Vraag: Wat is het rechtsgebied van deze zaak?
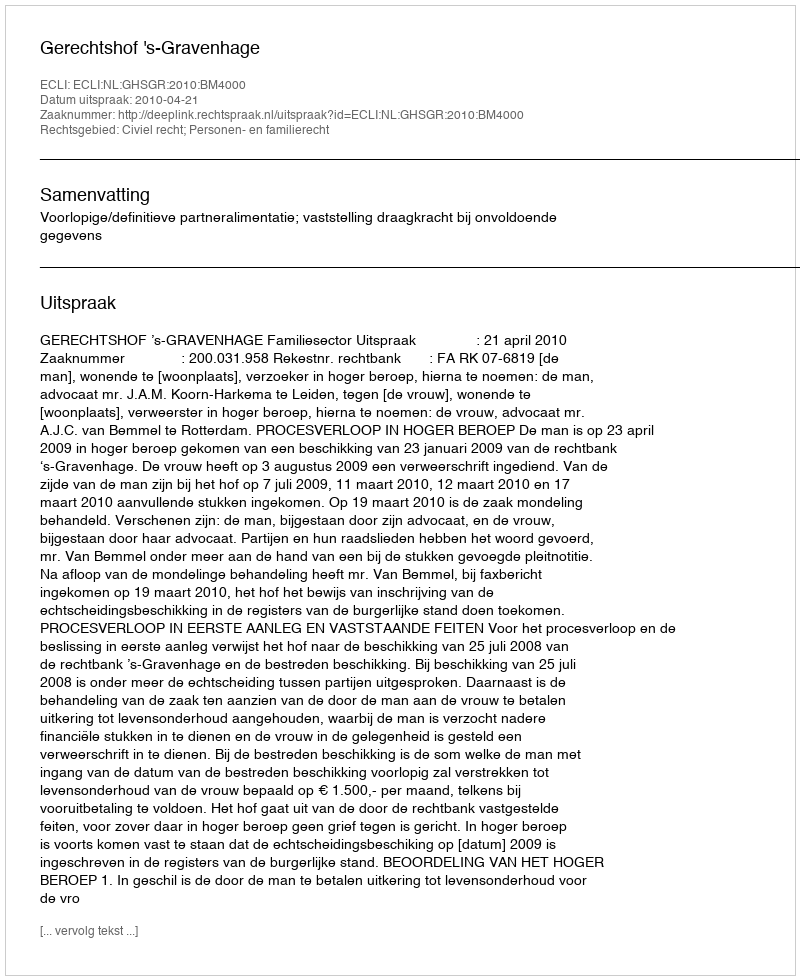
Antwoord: Civiel recht; Personen- en familierecht